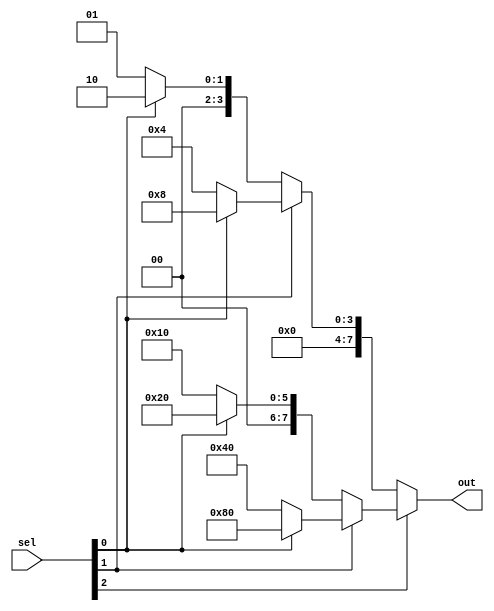

module decoder_w_en(sel, out);

parameter OPERAND_WIDTH = 8;
input [2:0] sel;
output [OPERAND_WIDTH -1:0] out;

assign out = sel[2] ? ( sel[1] ? (sel[0] ? (8'b10000000) : (8'b01000000) ) : (sel[0] ? (8'b00100000) : (8'b00010000) )  ) : (sel[1] ? (sel[0] ? (8'b00001000) : (8'b00000100) ) : (sel[0] ? (8'b00000010) : (8'b00000001) ) );

endmodule